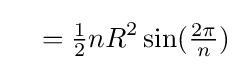
\quad ={\tfrac {1}{2}}nR^{2}\sin({\tfrac {2\pi }{n}})\,\!